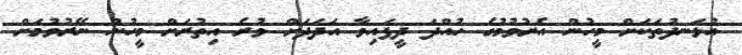
އުޅަނދުތަކަށް މީހުން އެރުވުމުގެ ހުއްދަ ދީފައިވާ އަދަދަށް ވުރެ އިތުރަށް މީހުން ނޭރުވުމަށް